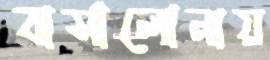
বার্সালোনায়